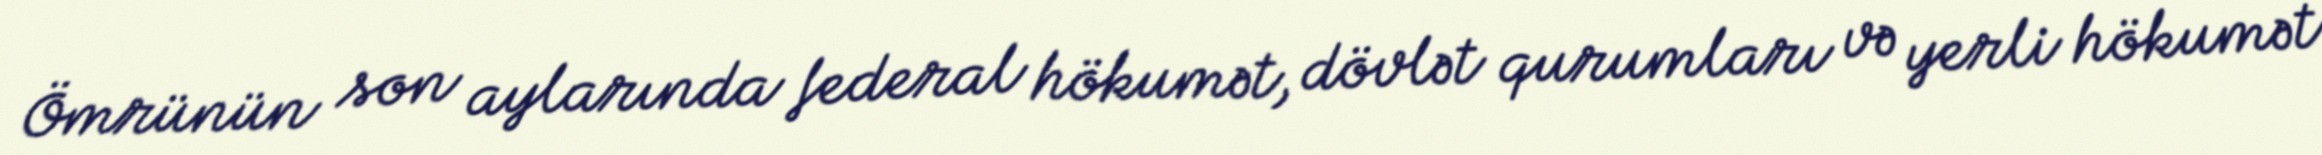
Ömrünün son aylarında federal hökumət, dövlət qurumları və yerli hökumət